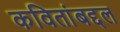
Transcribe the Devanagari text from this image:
कवितांबद्दल